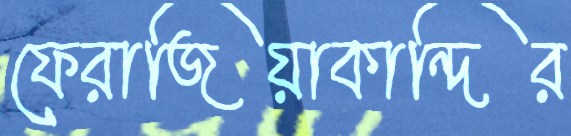
ফেরাজিয়াকান্দির